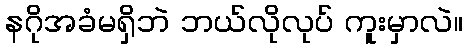
နဂိုအခံမရှိဘဲ ဘယ်လိုလုပ် ကူးမှာလဲ။